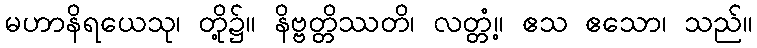
မဟာနိရယေသု၊ တို့၌။ နိဗ္ဗတ္တိဿတိ၊ လတ္တံ့။ ဧသ ဧသော၊ သည်။